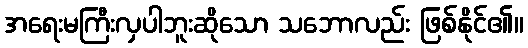
အရေးမကြီးလှပါဘူးဆိုသော သဘောလည်း ဖြစ်နိုင်၏။